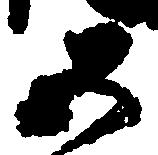
五